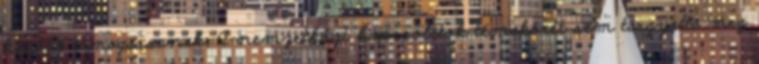
később támogassanak. A nemzetközi kapcsolatok témakörét sem tárgyalta meg